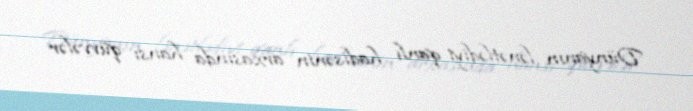
Dünyanın lənətlədiyi qanlı hadisənin arxasında hansı qüvvələr